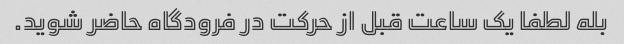
بله لطفا یک ساعت قبل از حرکت در فرودگاه حاضر شوید.